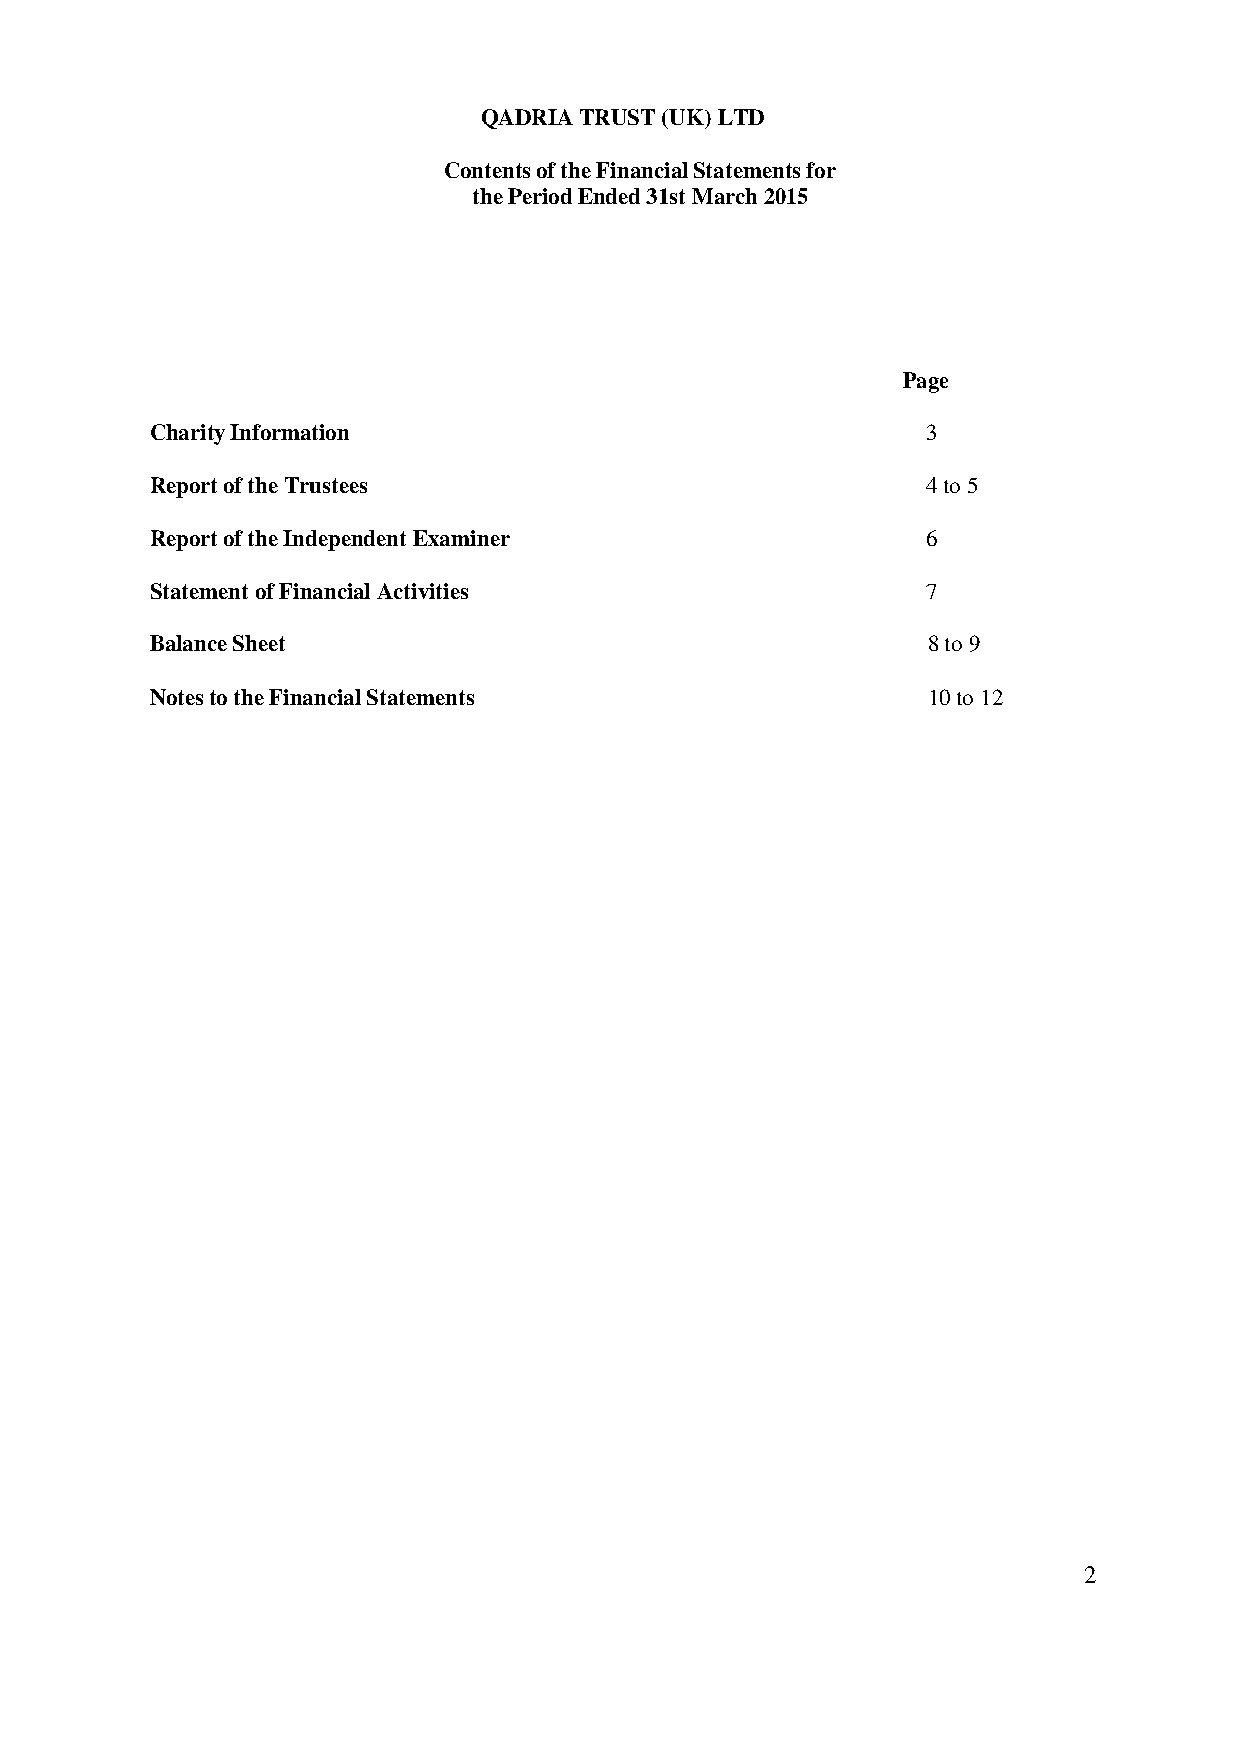
QADRIA TRUST (UK) LTD
 Contents of the Financial Statements for
 the Period Ended 31st March 2015
 Page
 Charity Information                                3
 Report of the Trustees                             4 to 5
 Report of the Independent Examiner                 6
 Statement of Financial Activities                  7
 Balance Sheet                                      8 to 9
 Notes to the Financial Statements                  10 to 12
 2